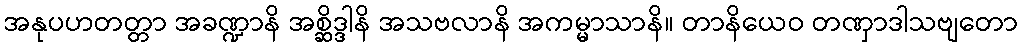
အနုပဟတတ္တာ အခဏ္ဍာနိ အစ္ဆိဒ္ဒါနိ အသဗလာနိ အကမ္မာသာနိ။ တာနိယေဝ တဏှာဒါသဗျတော